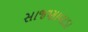
સાજણાવાડા